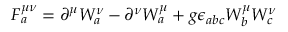
F _ { a } ^ { \mu \nu } = \partial ^ { \mu } W _ { a } ^ { \nu } - \partial ^ { \nu } W _ { a } ^ { \mu } + g \epsilon _ { a b c } W _ { b } ^ { \mu } W _ { c } ^ { \nu }